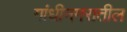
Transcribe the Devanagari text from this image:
गांधीनगरातील